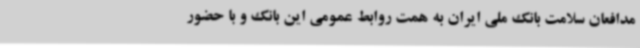
مدافعان سلامت بانک ملی ایران به همت روابط عمومی این بانک و با حضور